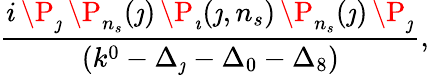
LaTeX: {\frac{i\, \P_{\jmath}\, \P_{n_{s}}(\jmath)\, \P_{\imath}(\jmath,n_{s})\, \P_{n_{s}}(\jmath)\, \P_{\jmath}}{\left(k^{0}-\Delta_{\jmath}-\Delta_{0}-\Delta_{8}\right)}},